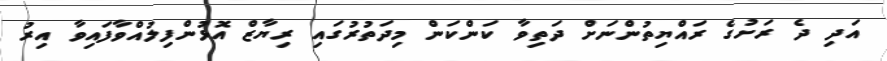
އަދި ދެ ރަށުގެ ރައްޔިތުންނަށް ދަތިވާ ކަންކަން މިދަތުރުގައި ރިޔާޒް އޮޅުންފިލުއްވާފައިވާ އިރު